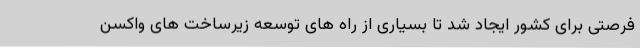
فرصتی برای کشور ایجاد شد تا بسیاری از راه های توسعه زیرساخت های واکسن